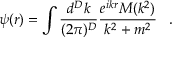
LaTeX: \psi ( r ) = \int \frac { d ^ { D } k } { ( 2 \pi ) ^ { D } } \frac { e ^ { i k r } M ( k ^ { 2 } ) } { k ^ { 2 } + m ^ { 2 } } \; \; \; .